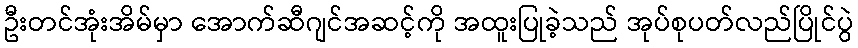
ဦးတင်အုံးအိမ်မှာ အောက်ဆီဂျင်အဆင့်ကို အထူးပြုခဲ့သည် အုပ်စုပတ်လည်ပြိုင်ပွဲ